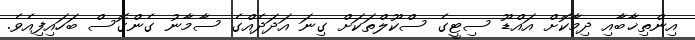
އިންތިޚާބާއި ދިމާކޮށް އައްޑޫ ސިޓީގެ ސްކޫލްތަކަށް ގިނަ އަދަދެއްގެ ސާމާނު ގެންގޮސް ބަހައިފިއެވެ.